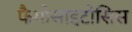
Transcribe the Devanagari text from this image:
फैगोसाइटोसिस